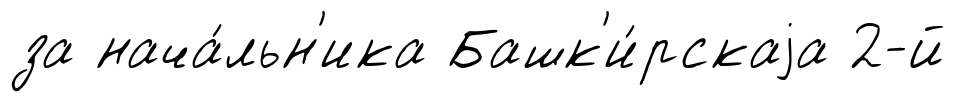
за нача́льн'ика Башк'и́рскаjа 2-й